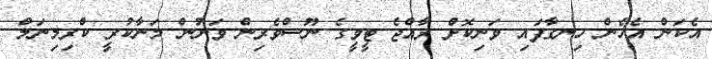
އެކަން އެހެން ހިނގާފައި ވަނިކޮށް ރާއްޖެ ޓީވީގެ ނޫސްވެރިން ވަނުން މަނާކުރީ ކްރިމިނަލް